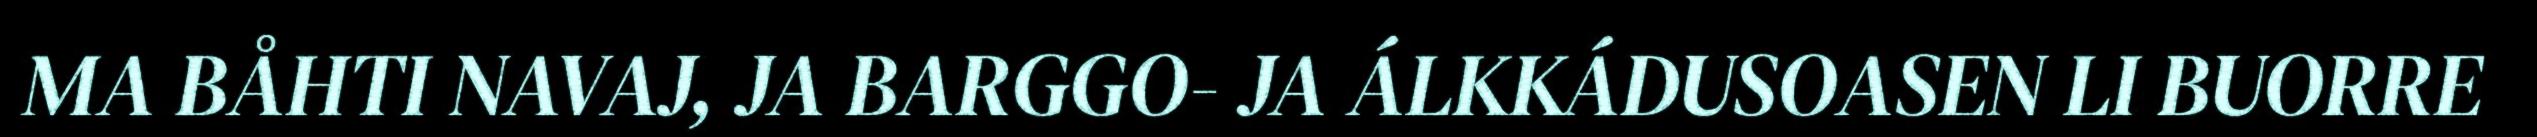
MA BÅHTI NAVAJ, JA BARGGO- JA ÁLKKÁDUSOASEN LI BUORRE